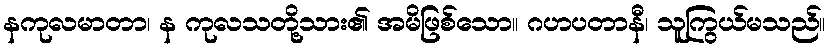
နကုလမာတာ၊ န ကုလသတို့သား၏ အမိဖြစ်သော။ ဂဟပတာနီ၊ သူကြွယ်မသည်။